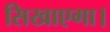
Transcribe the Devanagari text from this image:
सिखाएगा।